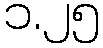
၁.၂၅